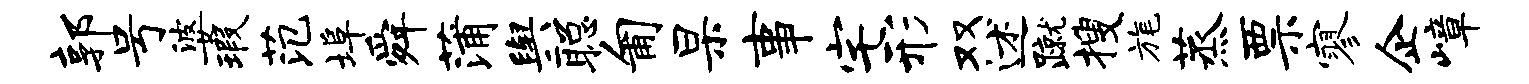
郭号婆瑕范埠舜蒲舆聪匍杲事宅形双述蹴搜旄蒸票寥企嶂